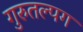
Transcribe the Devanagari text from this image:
गुरुतल्पग